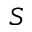
S